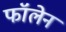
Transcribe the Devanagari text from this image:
फॉलेन